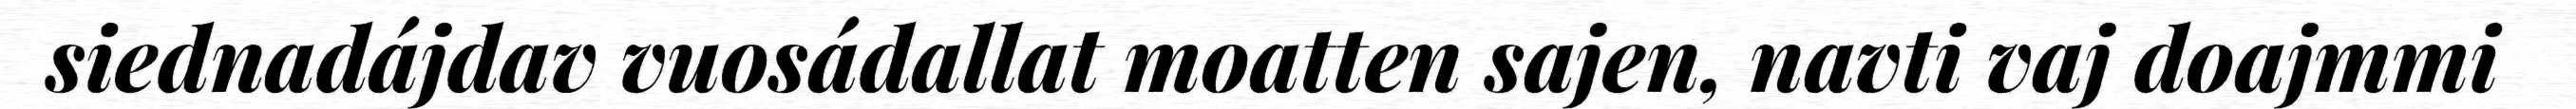
siednadájdav vuosádallat moatten sajen, navti vaj doajmmi